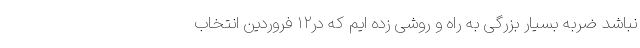
نباشد ضربه بسیار بزرگی به راه و روشی زده ایم که در۱۲ فروردین انتخاب